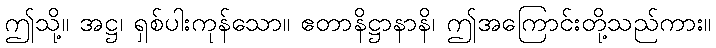
ဤသို့။ အဋ္ဌ၊ ရှစ်ပါးကုန်သော။ ဧတာနိဋ္ဌာနာနိ၊ ဤအကြောင်းတို့သည်ကား။